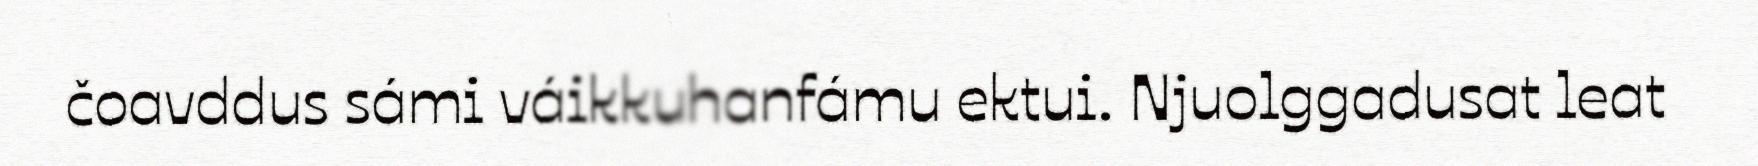
čoavddus sámi váikkuhanfámu ektui. Njuolggadusat leat